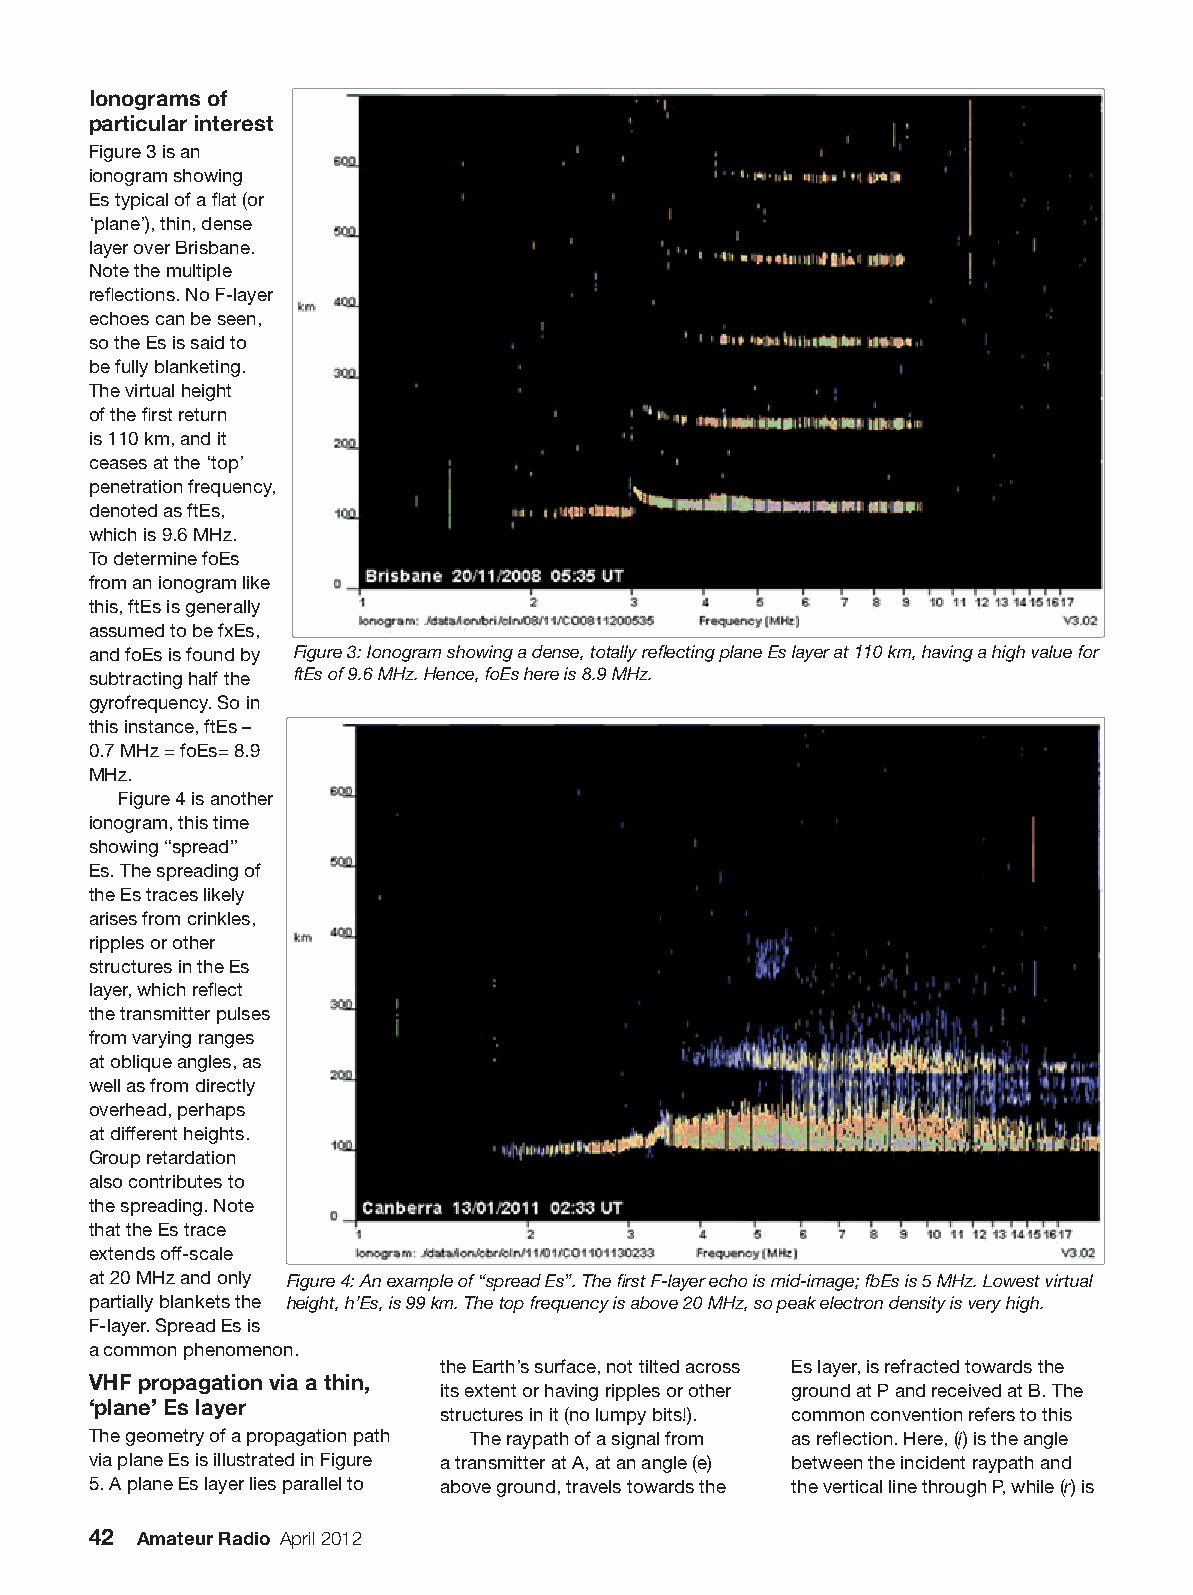
Ionograms of
 particular interest
 Figure 3 is an
 ionogram showing
 Es typical of a fl at (or
 ‘plane’), thin, dense
 layer over Brisbane.
 Note the multiple
 refl ections. No F-layer
 echoes can be seen,
 so the Es is said to
 be fully blanketing.
 The virtual height
 of the fi rst return
 is 110 km, and it
 ceases at the ‘top’
 penetration frequency,
 denoted as ftEs,
 which is 9.6 MHz.
 To determine foEs
 from an ionogram like
 this, ftEs is generally
 assumed to be fxEs,
 and foEs is found by Figure 3: Ionogram showing a dense, totally refl ecting plane Es layer at 110 km, having a high value for
 subtracting half the ftEs of 9.6 MHz. Hence, foEs here is 8.9 MHz.
 gyrofrequency. So in
 this instance, ftEs –
 0.7 MHz = foEs= 8.9
 MHz.
 Figure 4 is another
 ionogram, this time
 showing “spread”
 Es. The spreading of
 the Es traces likely
 arises from crinkles,
 ripples or other
 structures in the Es
 layer, which refl ect
 the transmitter pulses
 from varying ranges
 at oblique angles, as
 well as from directly
 overhead, perhaps
 at different heights.
 Group retardation
 also contributes to
 the spreading. Note
 that the Es trace
 extends off-scale
 at 20 MHz and only Figure 4: An example of “spread Es”. The fi rst F-layer echo is mid-image; fbEs is 5 MHz. Lowest virtual
 partially blankets the height, h’Es, is 99 km. The top frequency is above 20 MHz, so peak electron density is very high.
 F-layer. Spread Es is
 a common phenomenon.
 the Earth’s surface, not tilted across Es layer, is refracted towards the
 VHF propagation via a thin,
 its extent or having ripples or other ground at P and received at B. The
 ‘plane’ Es layer
 structures in it (no lumpy bits!). common convention refers to this
 The geometry of a propagation path The raypath of a signal from as refl ection. Here, (i) is the angle
 via plane Es is illustrated in Figure a transmitter at A, at an angle (e) between the incident raypath and
 5. A plane Es layer lies parallel to above ground, travels towards the the vertical line through P, while (r) is
 42 Amateur Radio April 2012